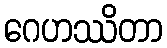
ဂေဟဿိတာ